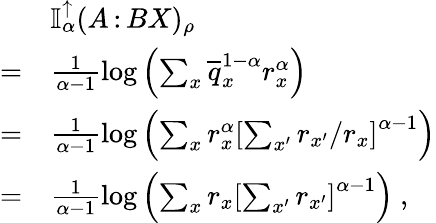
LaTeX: \begin{array}{rl}&{\mathbb{I}_{\alpha}^{\uparrow}(A{\, :\, }BX)_{\rho}}\\ {=}&{\frac{1}{\alpha-1}\log\left(\sum_{x}\overline{{q}}_{x}^{1-\alpha}r_{x}^{\alpha}\right)}\\ {=}&{\frac{1}{\alpha-1}\log\left(\sum_{x}r_{x}^{\alpha}\left[\sum_{x^{\prime}}r_{x^{\prime}}/r_{x}\right]^{\alpha-1}\right)}\\ {=}&{\frac{1}{\alpha-1}\log\left(\sum_{x}r_{x}\left[\sum_{x^{\prime}}r_{x^{\prime}}\right]^{\alpha-1}\right)\ ,}\end{array}